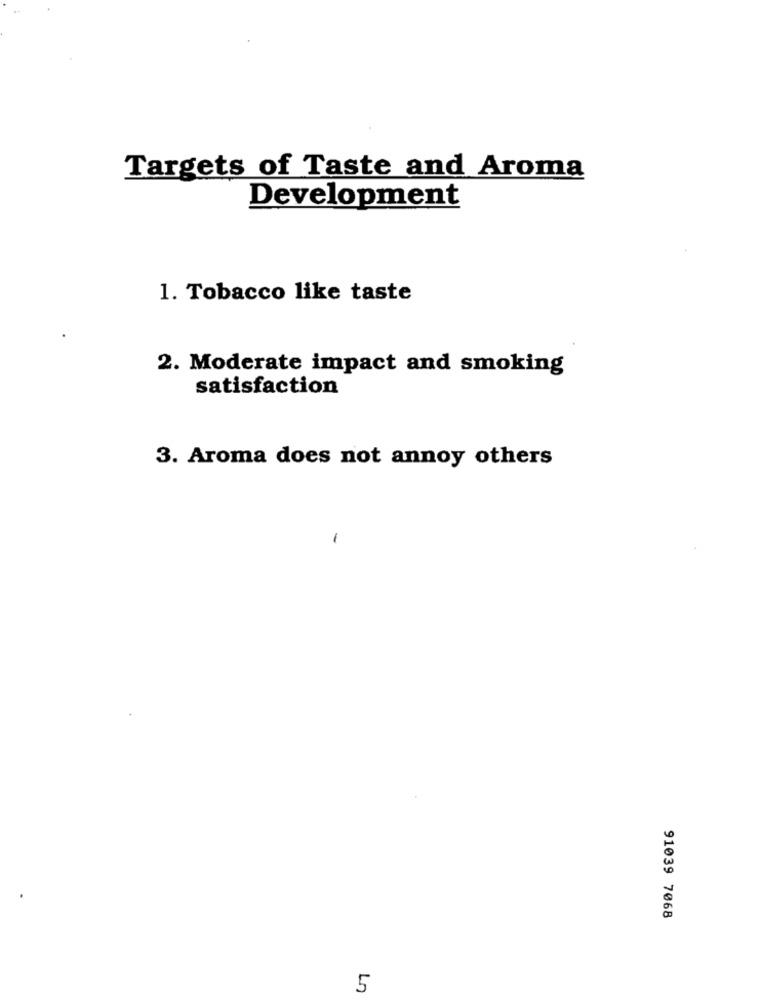
Targets of Taste and Aroma
Development
1. Tobacco like taste
2. Moderate impact and smoking
satisfaction
3. Aroma does not annoy others
-
91039 7068
5